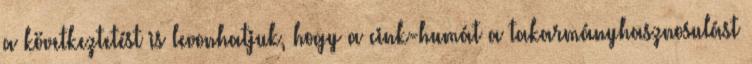
a következtetést is levonhatjuk, hogy a cink-humát a takarmányhasznosulást